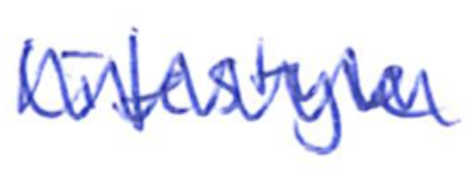
Text: lifestyle
Cross-out: mix
Writing tool: ballpoint